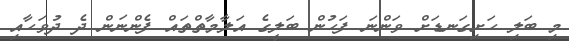
މި ބަލި ހަށިގަނޑަށް ވަންނަ ފަހުން ބަލީގެ އަލާމާތްތައް ފެންނަން ދެ ދުވަހާއި